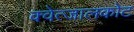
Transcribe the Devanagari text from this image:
क्वेत्जालकोट